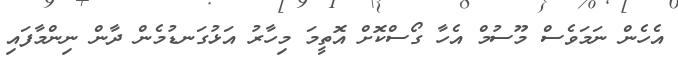
އެހެން ނަމަވެސް މޫސުމް އެހާ ގޯސްކޮށް އޮތީމަ މިހާރު އަޅުގަނޑުމެން ދާން ނިންމާފައި